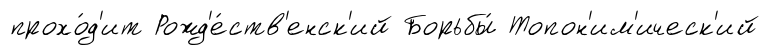
прохо́д'ит Рожд'е́ств'енск'ий Борьбы́ Топон'им'ическ'ий